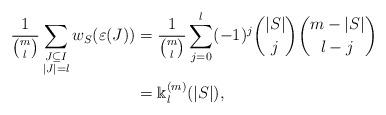
LaTeX: \begin{align*} \frac1{{m \choose l}}\sum_{\substack{J\subseteq I\\|J|=l}}w_S(\varepsilon(J))&=\frac{1}{{m \choose l}}\sum_{j=0}^{l}(-1)^j\binom{|S|}{j}\binom{m-|S|}{l-j}\\&=\Bbbk_{l}^{(m)}(|S|), \end{align*}